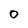
Character: 0